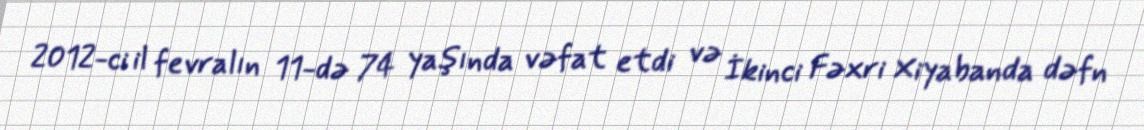
2012-ci il fevralın 11-də 74 yaşında vəfat etdi və İkinci Fəxri Xiyabanda dəfn